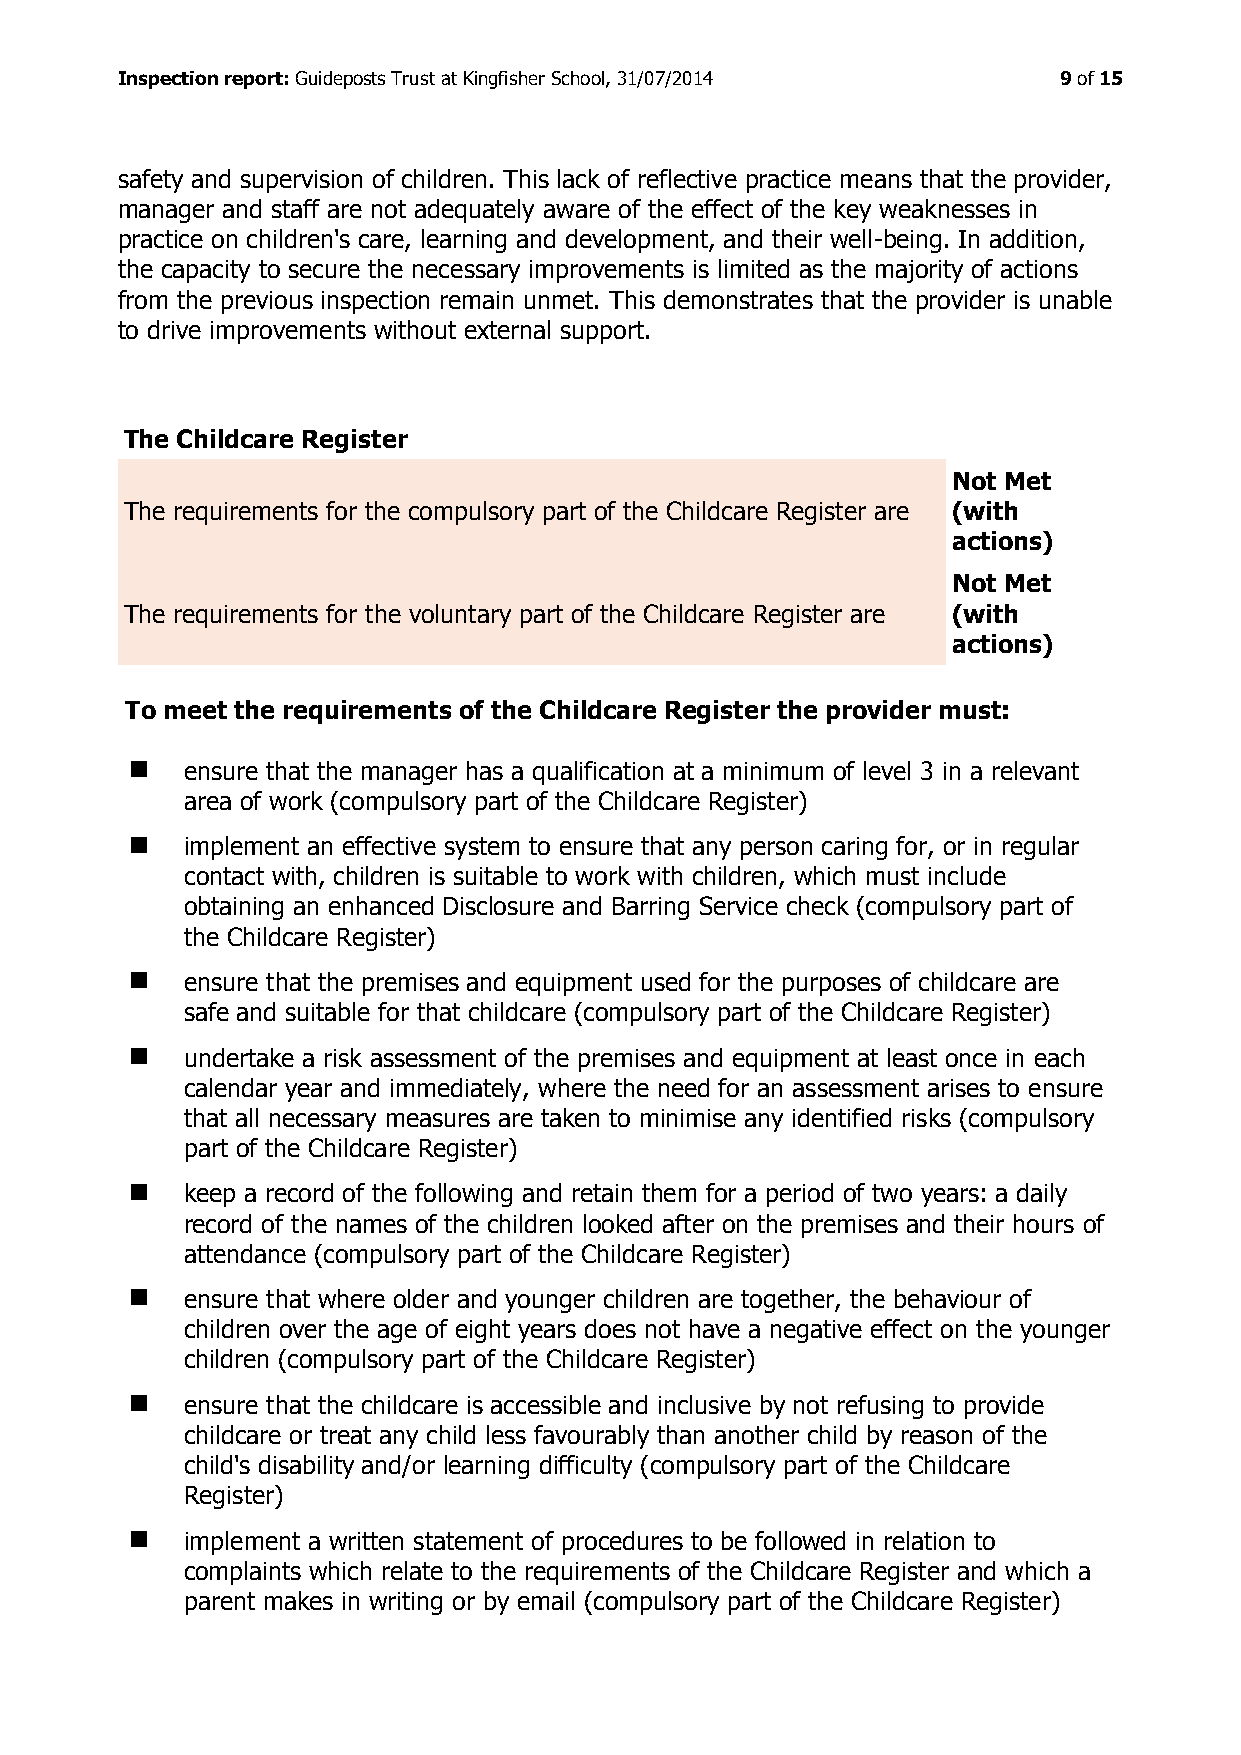
Inspection report: Guideposts Trust at Kingfisher School, 31/07/2014 9 of 15
 safety and supervision of children. This lack of reflective practice means that the provider,
 manager and staff are not adequately aware of the effect of the key weaknesses in
 practice on children's care, learning and development, and their well-being. In addition,
 the capacity to secure the necessary improvements is limited as the majority of actions
 from the previous inspection remain unmet. This demonstrates that the provider is unable
 to drive improvements without external support.
 The Childcare Register
 Not Met
 The requirements for the compulsory part of the Childcare Register are (with
 actions)
 Not Met
 The requirements for the voluntary part of the Childcare Register are (with
 actions)
 To meet the requirements of the Childcare Register the provider must:
   ensure that the manager has a qualification at a minimum of level 3 in a relevant
 area of work (compulsory part of the Childcare Register)
   implement an effective system to ensure that any person caring for, or in regular
 contact with, children is suitable to work with children, which must include
 obtaining an enhanced Disclosure and Barring Service check (compulsory part of
 the Childcare Register)
   ensure that the premises and equipment used for the purposes of childcare are
 safe and suitable for that childcare (compulsory part of the Childcare Register)
   undertake a risk assessment of the premises and equipment at least once in each
 calendar year and immediately, where the need for an assessment arises to ensure
 that all necessary measures are taken to minimise any identified risks (compulsory
 part of the Childcare Register)
   keep a record of the following and retain them for a period of two years: a daily
 record of the names of the children looked after on the premises and their hours of
 attendance (compulsory part of the Childcare Register)
   ensure that where older and younger children are together, the behaviour of
 children over the age of eight years does not have a negative effect on the younger
 children (compulsory part of the Childcare Register)
   ensure that the childcare is accessible and inclusive by not refusing to provide
 childcare or treat any child less favourably than another child by reason of the
 child's disability and/or learning difficulty (compulsory part of the Childcare
 Register)
   implement a written statement of procedures to be followed in relation to
 complaints which relate to the requirements of the Childcare Register and which a
 parent makes in writing or by email (compulsory part of the Childcare Register)